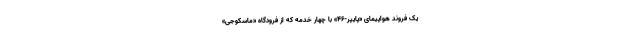
یک فروند هواپیمای «پایپر-۴۶» با چهار خدمه که از فرودگاه «ماسکوجی»